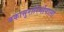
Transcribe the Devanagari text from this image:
बकासुरारिर्गोपालो